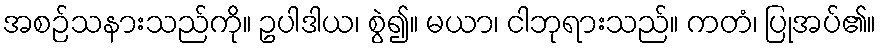
အစဉ်သနားသည်ကို။ ဥပါဒါယ၊ စွဲ၍။ မယာ၊ ငါဘုရားသည်။ ကတံ၊ ပြုအပ်၏။